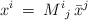
\begin{align*}x^i \>=\> {M^i{}_j} \,{\bar x}^j\end{align*}